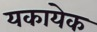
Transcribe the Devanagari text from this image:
यकायेक